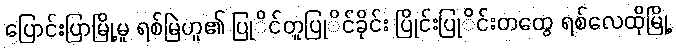
ပြောင်းပြာမြို့မူ ရစ်မြဲဟူ၏ ပြုိင်တူပြုိင်ခိုင်း ပြိုင်းပြုိင်းတထွေ ရစ်လေထိုမြို့